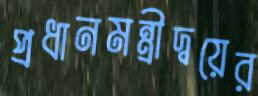
প্রধানমন্ত্রীদ্বয়ের